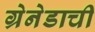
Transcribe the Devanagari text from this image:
ग्रेनेडाची